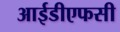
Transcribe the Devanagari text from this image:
आईडीएफसी